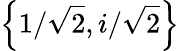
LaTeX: \left\{ 1/{\sqrt{2}},i/{\sqrt{2}}\right\}